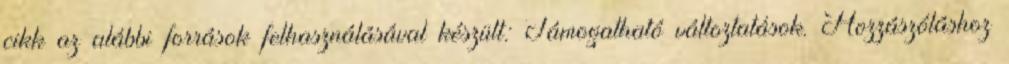
cikk az alábbi források felhasználásával készült: Támogatható változtatások. Hozzászóláshoz